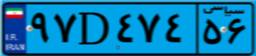
۳۱D۲۴۸۹۵